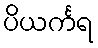
ပိယင်္ကရ